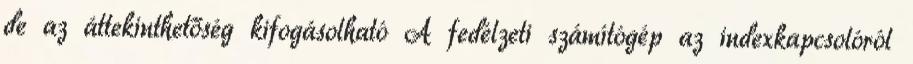
de az áttekinthetőség kifogásolható A fedélzeti számítógép az indexkapcsolóról